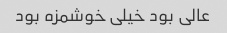
عالی بود خیلی خوشمزه بود